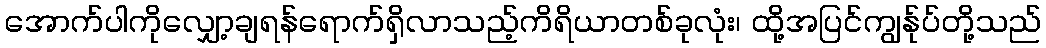
အောက်ပါကိုလျှော့ချရန်ရောက်ရှိလာသည့်ကိရိယာတစ်ခုလုံး၊ ထို့အပြင်ကျွန်ုပ်တို့သည်